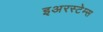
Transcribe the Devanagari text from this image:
इअरस्टेम्स